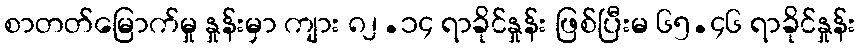
စာတတ်မြောက်မှု နှုန်းမှာ ကျား ၈၂.၁၄ ရာခိုင်နှုန်း ဖြစ်ပြီးမ ၆၅.၄၆ ရာခိုင်နှုန်း